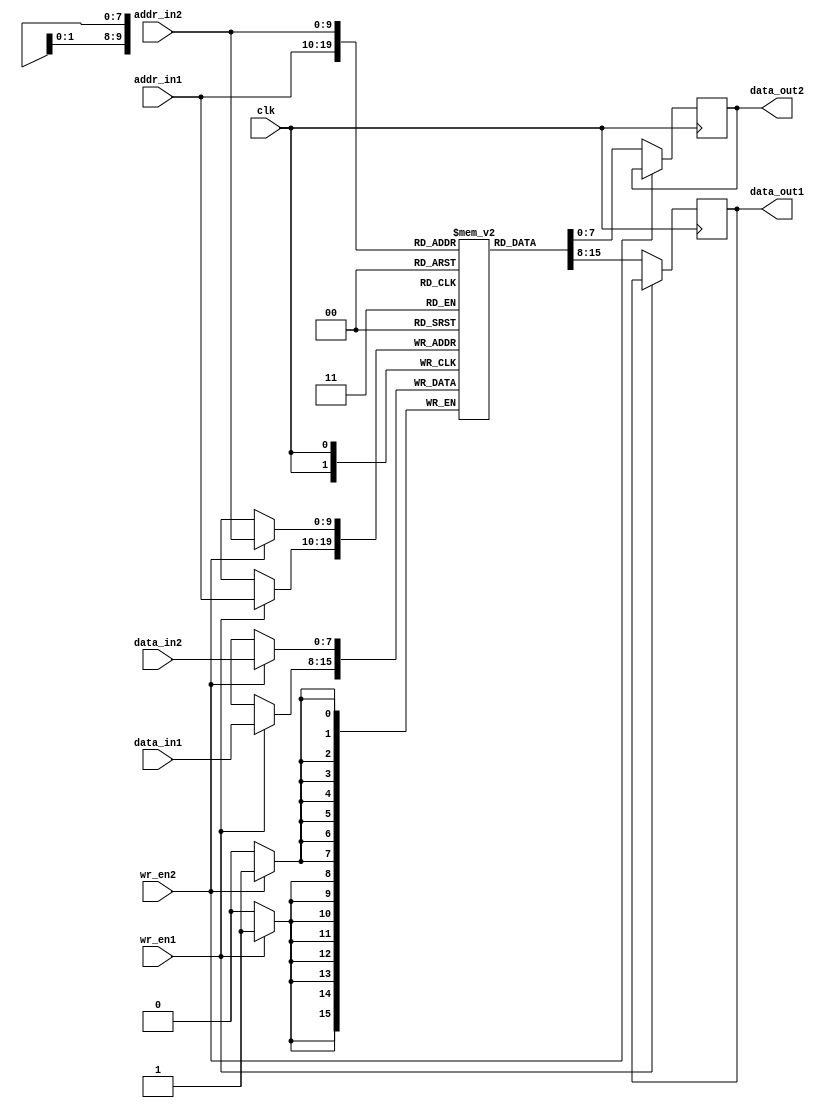

module dual_port_RAM #(parameter data_width = 8, addr_width = 10, depth = 2**(addr_width))( data_in1, data_in2, 
                       addr_in1, addr_in2, wr_en1, wr_en2, clk, data_out1, data_out2);
  
  input [data_width-1:0] data_in1, data_in2;
  input [addr_width-1:0] addr_in1,addr_in2;
  input clk, wr_en1, wr_en2 ;
  output  [data_width-1:0] data_out1, data_out2 ;
  
  reg [data_width-1:0] RAM [depth-1:0] ;
  reg [data_width-1:0] out1, out2; 
  always@(posedge clk)
   begin 
     if(wr_en1)
        RAM[addr_in1] <= data_in1;
     else
        out1 <= RAM[addr_in1] ;
   end
 
  always@(posedge clk)
    begin
      if(wr_en2)
        RAM[addr_in2] <= data_in2;
      else
        out2 <= RAM[addr_in2] ;
    end
 
 assign data_out1 = out1 ;
 assign data_out2 = out2 ;
 
endmodule